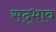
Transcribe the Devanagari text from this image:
सद्‍भाव